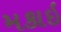
મકાઇ